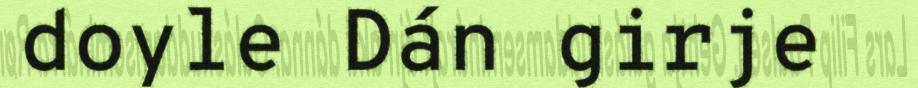
doyle Dán girje